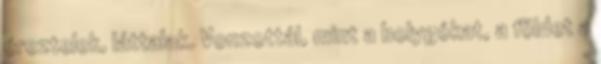
éreztelek, láttalak. Vonzottál, mint a bolygókat, a földet a